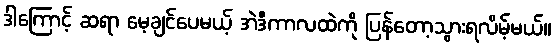
ဒါကြောင့် ဆရာ မေ့ချင်ပေမယ့် အဲဒီကာလထဲကို ပြန်တော့သွားရလိမ့်မယ်။